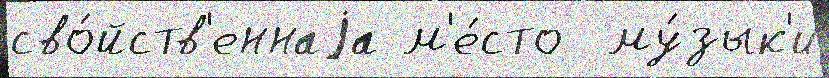
сво́йств'еннаjа м'е́сто  му́зык'и